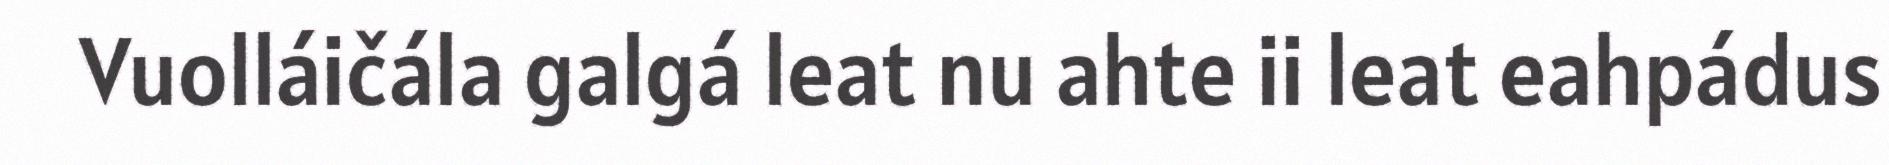
Vuolláičála galgá leat nu ahte ii leat eahpádus